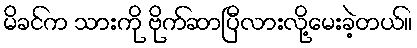
မိခင်က သားကို ဗိုက်ဆာပြီလားလို့မေးခဲ့တယ်။